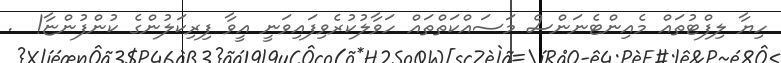
ހިޔާ ލިފްޓުތައް މެއިންޓެނަންސް މަސައްކަތްތައް ހަވާލުކުރެވިފައިވަނީ އީވާ ފިރިކަލުންގެ ކުންފުންޏާ!  .